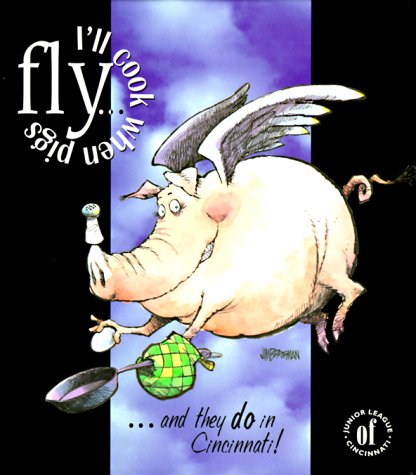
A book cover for I'll Cook When Pigs Fly...and They Do in Cincinnati!; Junior League of Cincinnati; Cookbooks, Food & Wine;